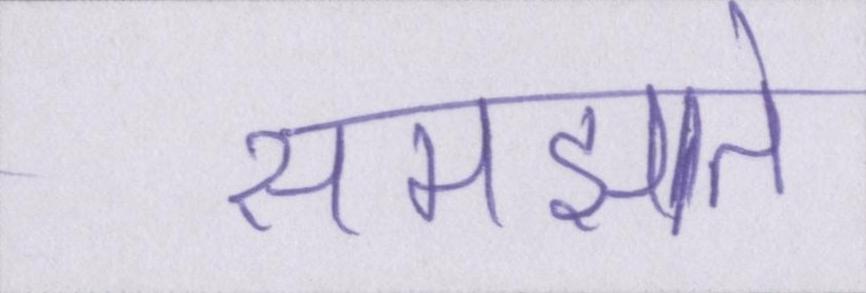
समझाते